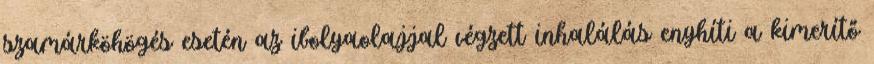
szamárköhögés esetén az ibolyaolajjal végzett inhalálás enyhíti a kimerítő